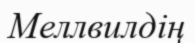
Меллвилдің